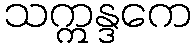
သဣန္ဒကေ